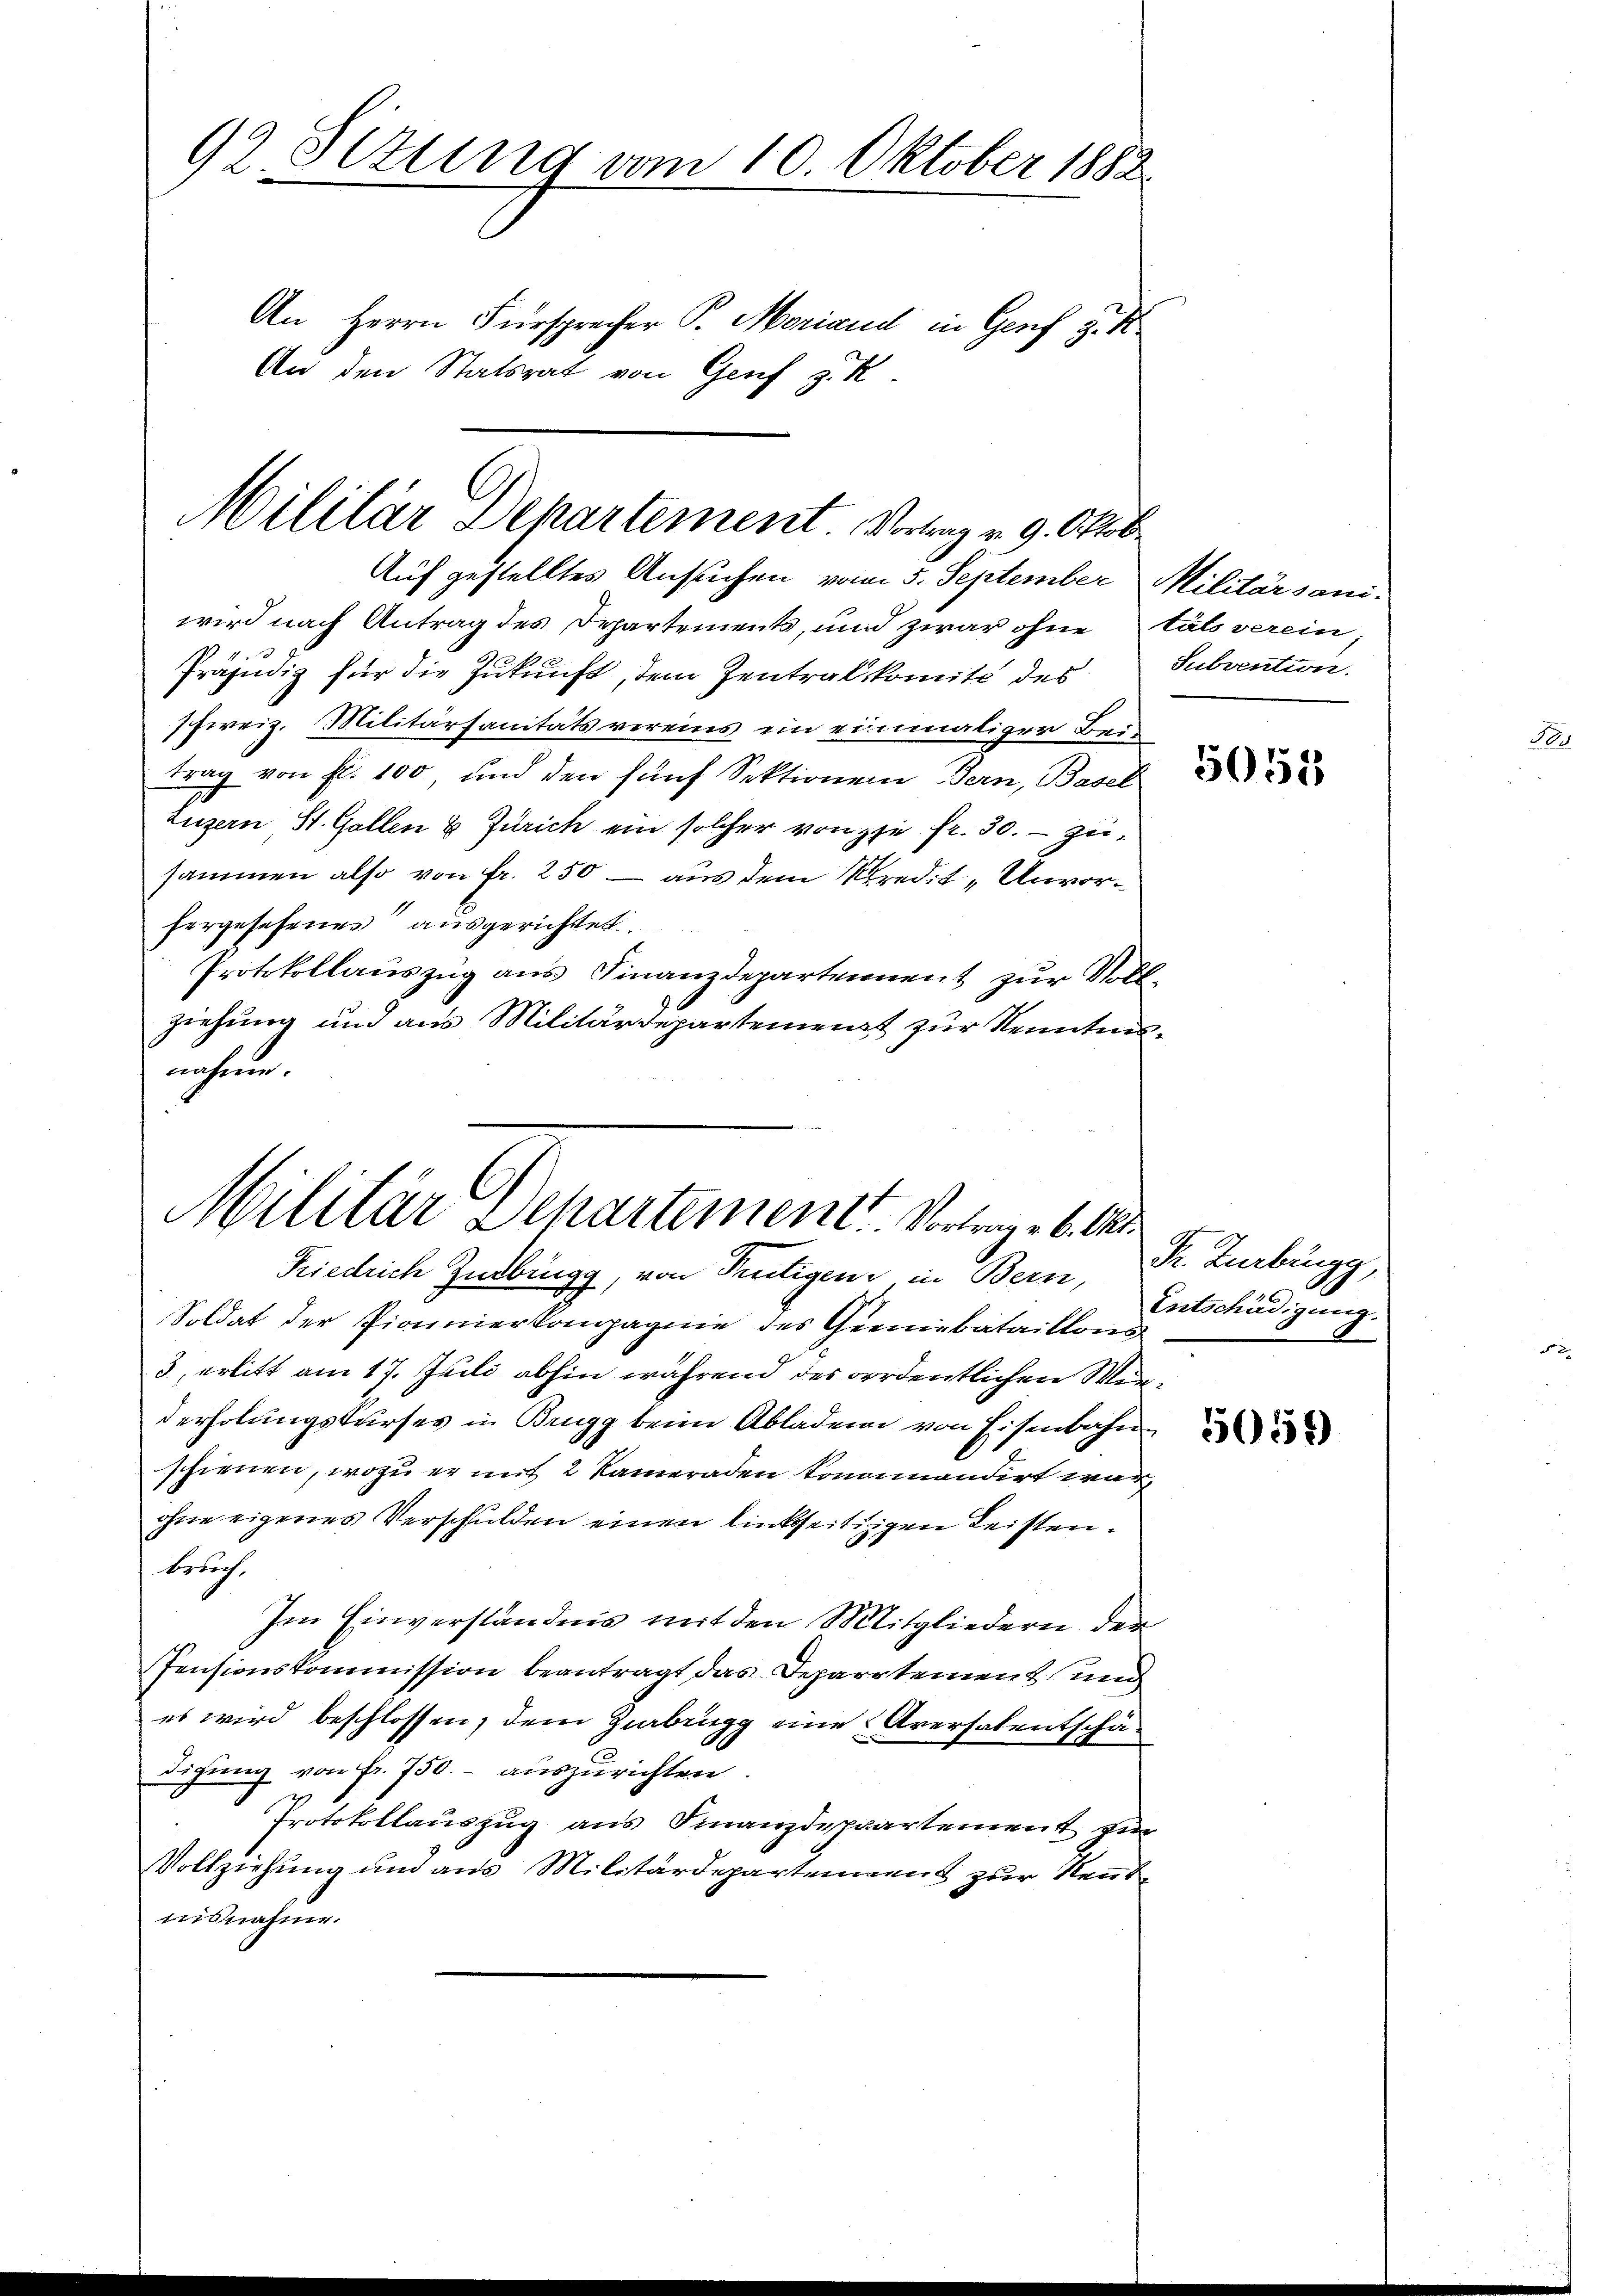
92 Sttung vom 10. Oktober 1882
An Herrn Fürsprecher P. Moriand in Genf z. S
An den Statsrat von Genf z. R.

Militär Departement. Vortrag v. 9. Oktob

Auf gestelltes Ansuchen vom 5. September Militärsaniwird nach Antrag des Departements, und zwar ohne tats verein
Präjudiz für die Zukunft, dem Zentralkomité des Subvention.
7fereiz. Militärsanitäts vereins ein einmaliger Brutrag von fl. 100, und den fünf Sektionen Bern, Basel
Luzern St. Gallen & Zürich ein solcher von sie fr. 30. - zusammen also von fr. 250 — aus dem Kredit „Unvorhergesehenes ausgerichtet.
Protokollauszug aus Finanzdepartennent zur Vollziehung und aus Militärdepartement zur Kenntnisnahme.

Militär Departement. Vortrag. 6. Okt.
Friedrich Insbrugg, von Trutigen in Bern,

Soldat der Pionierkompagnie des Geeiebataillons
3., erlitt am 17. Juli abhin während des ordentlichen Wegderholungskurses in Brugg beim Abladen von Eisenbahnschienen, wozu er mit 2 Kameraden kommandirt war
ohne eigenes Verschulden einen linkseitigen Leisten¬
Besuch.
Im Einverständnis mit den Mitgliedern der
Pensionskommission beantragt das Departement und
es wird beschlossen, dem Zirbrugg eine Aversatentschädigung von Fr. 750.- auszurichten.
Protokollauszug aus Finanzdepartement zur
Vollziehung und aus Militärdepartenmens zur Neutnisnahme.

5051

t
Dr. Zurbrugg,
Entschädigung.

5059)